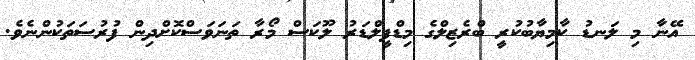
އޭނާ މި ލަނޑު ކާމިޔާބުކުރީ ބްރެޒިލްގެ މިޑްފީލްޑަރު ލޫކަސް މޯރާ ތަނަވަސްކޮށްދިން ފުރުސަތަކުންނެވެ.